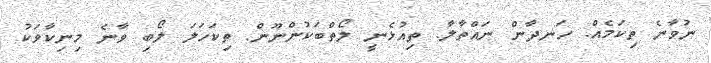
ނުވާނެ ތިކަމެއް. ހަނދާން ނައްތާލާ. ތިއުޅެނީ ލޯތްބަކުންނޫން. ތިކަހަލަ ލޯބި ވާނެ މިނިކާވަކު